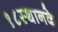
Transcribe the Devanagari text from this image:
१८स्थानके